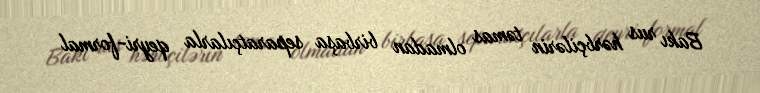
Bakı rus hərbçilərin təmas olmadan birbaşa separatçılarla qeyri-formal